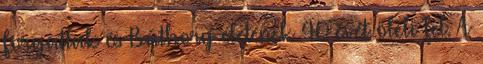
forgattak és Báthory életének 40 évét öleli fel. A